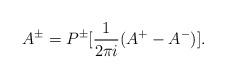
LaTeX: \begin{align*} A^\pm = P^\pm[\frac{1}{2\pi i}(A^+-A^-)].\end{align*}